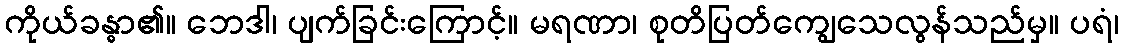
ကိုယ်ခန္ဓာ၏။ ဘေဒါ၊ ပျက်ခြင်းကြောင့်။ မရဏာ၊ စုတိပြတ်ကျွေသေလွန်သည်မှ။ ပရံ၊